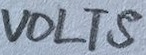
Text: VOLTS